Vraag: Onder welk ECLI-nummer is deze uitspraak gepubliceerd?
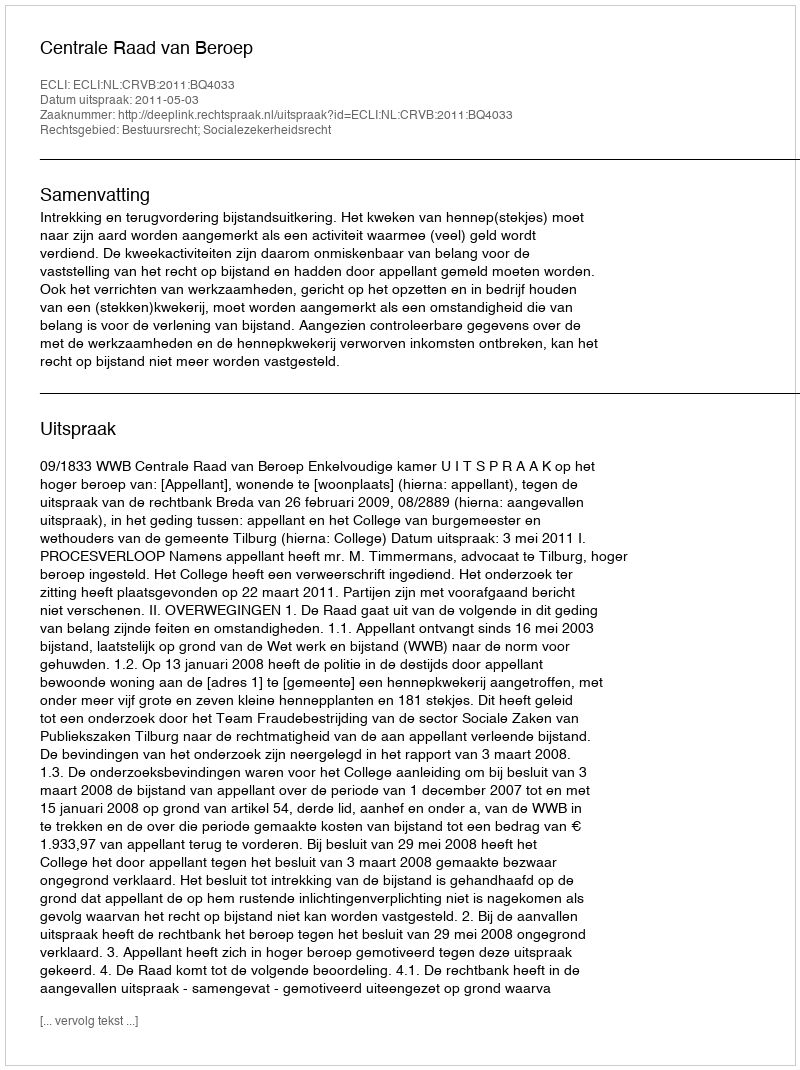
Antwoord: ECLI:NL:CRVB:2011:BQ4033